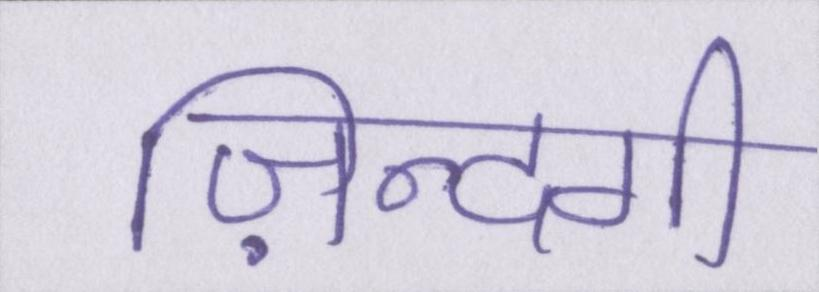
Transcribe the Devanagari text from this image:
ज़िन्दगी